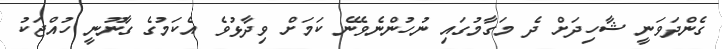
ގެންދަވަނީ ޝާހިދަށް ދެ މަގާމުގައި ނުހުންނެވޭނެ ކަމަށް ވިދާޅުވެ އެކަމުގެ ގާނޫނީ ހުއްޖަކު